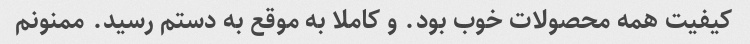
کیفیت همه محصولات خوب بود. و کاملا به موقع به دستم رسید. ممنونم